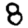
Digit: 8